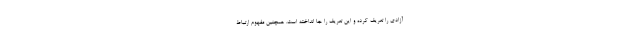
آزادی را تعریف کرده و این تعریف را جا انداخته است. همچنین مفهوم ارتباط